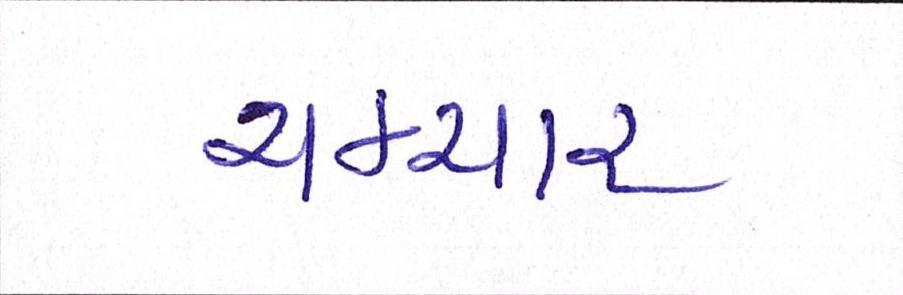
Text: ચકચાર